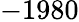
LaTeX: -1980